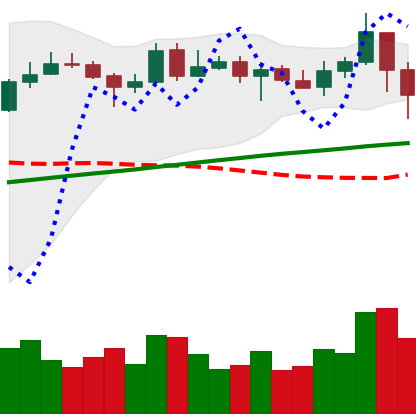
Ticker: LINK-USD
Chart end date: 2020-05-11
Forward return: 4.882%
Label: up_3_5